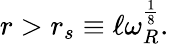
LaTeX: r>r_{s}\equiv\ell\omega_{R}^{\frac{1}{8}}.